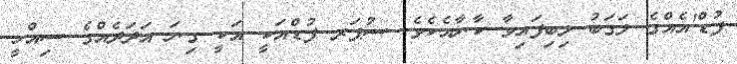
ފުޑް'އެއްގެ ލަގަބު ލިބިފައިވާ ކާނާއެކެވެ. ސުޕަރ ފުޑްއަކީ އަކީ ގިނަ އަދަދެއްގެ ސިއްހީ